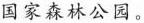
国家森林公园。